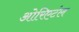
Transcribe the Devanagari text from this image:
ओरिएटंल